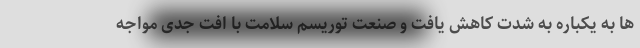
ها به یکباره به شدت کاهش یافت و صنعت توریسم سلامت با افت جدی مواجه